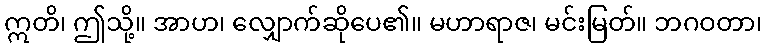
ဣတိ၊ ဤသို့။ အာဟ၊ လျှောက်ဆိုပေ၏။ မဟာရာဇ၊ မင်းမြတ်။ ဘဂဝတာ၊